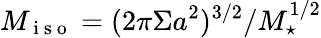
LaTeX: M_{\mathrm{~i~s~o~}}=(2\pi\Sigma a^{2})^{3/2}/M_{\star}^{1/2}